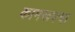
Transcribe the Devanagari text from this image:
कामरूपचा